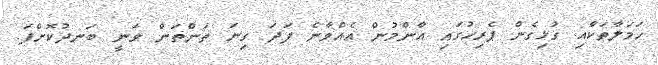
ހަމަލާތަކާއި ގުޅިގެން ޕެރިހުގައި އާންމުން އެއްވާނެ ފަދަ ގިނަ ތަންތަން ވަނީ ބަނދުކޮށްފަ.